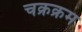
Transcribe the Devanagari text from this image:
चक्रक्रम